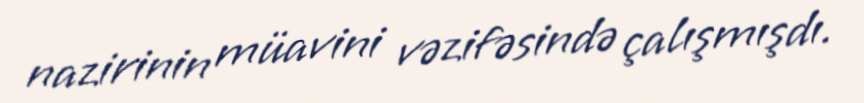
nazirinin müavini vəzifəsində çalışmışdı.